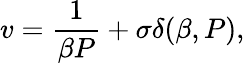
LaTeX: v=\frac{1}{\beta P}+\sigma\delta(\beta,P),